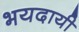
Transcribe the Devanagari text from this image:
भयदायी